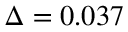
\Delta = 0 . 0 3 7